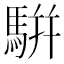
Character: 騈